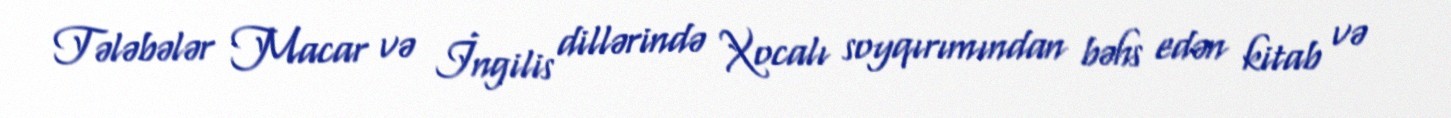
Tələbələr Macar və İngilis dillərində Xocalı soyqırımından bəhs edən kitab və